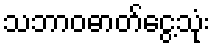
သဘာဝဓာတ်ငွေ့သုံး